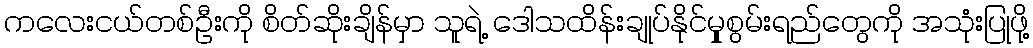
ကလေးငယ်တစ်ဦးကို စိတ်ဆိုးချိန်မှာ သူရဲ့ ဒေါသထိန်းချုပ်နိုင်မှုုစွမ်းရည်တွေကို အသုံးပြုဖို့